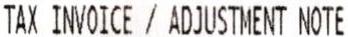
TAX INVOICE / ADJUSTMENT NOTE